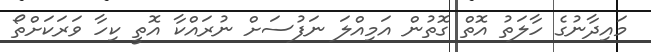
މައިދާނުގެ ހާލަތު އޮތް ގޮތުން އަމިއްލަ ނަފުސަށް ނުރައްކާ އޮތީ ކިހާ ވަރަކަށްތޯ